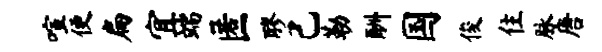
喧便扁宜端匿醪己勒酬国俊住脉唐